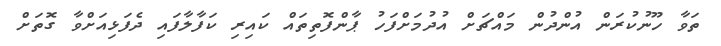
ތަވާ ހޫނުކުރަން އުންދުން މައްޗަށް އުދުމަށްފަހު ޕާންފޮތިތައް ކައިރި ކަފާލާފައި ދެފަޅިއަށްވާ ގޮތަށް